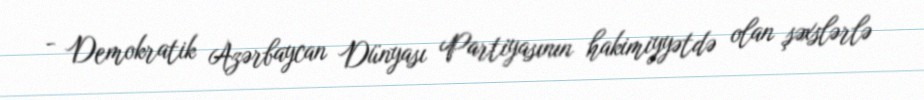
- Demokratik Azərbaycan Dünyası Partiyasının hakimiyyətdə olan şəxslərlə